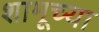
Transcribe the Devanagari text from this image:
शामूच्या